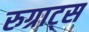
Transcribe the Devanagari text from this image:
रुग्राट्स